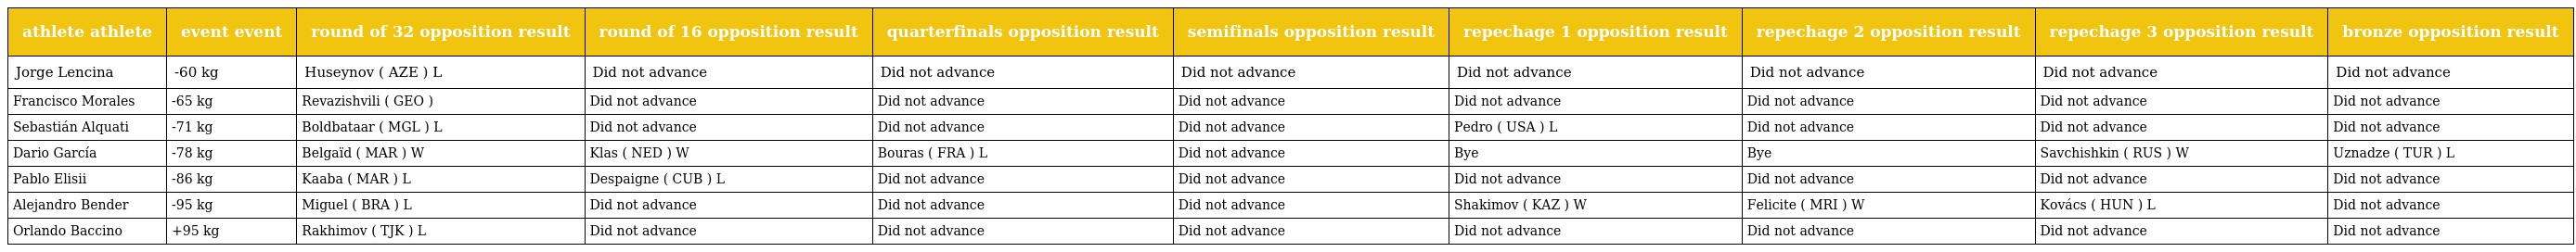
| athlete athlete | event event | round of 32 opposition result | round of 16 opposition result | quarterfinals opposition result | semifinals opposition result | repechage 1 opposition result | repechage 2 opposition result | repechage 3 opposition result | bronze opposition result |
 | --- | --- | --- | --- | --- | --- | --- | --- | --- | --- |
 | Jorge Lencina | -60 kg | Huseynov ( AZE ) L | Did not advance | Did not advance | Did not advance | Did not advance | Did not advance | Did not advance | Did not advance |
 | Francisco Morales | -65 kg | Revazishvili ( GEO ) | Did not advance | Did not advance | Did not advance | Did not advance | Did not advance | Did not advance | Did not advance |
 | Sebastián Alquati | -71 kg | Boldbataar ( MGL ) L | Did not advance | Did not advance | Did not advance | Pedro ( USA ) L | Did not advance | Did not advance | Did not advance |
 | Dario García | -78 kg | Belgaïd ( MAR ) W | Klas ( NED ) W | Bouras ( FRA ) L | Did not advance | Bye | Bye | Savchishkin ( RUS ) W | Uznadze ( TUR ) L |
 | Pablo Elisii | -86 kg | Kaaba ( MAR ) L | Despaigne ( CUB ) L | Did not advance | Did not advance | Did not advance | Did not advance | Did not advance | Did not advance |
 | Alejandro Bender | -95 kg | Miguel ( BRA ) L | Did not advance | Did not advance | Did not advance | Shakimov ( KAZ ) W | Felicite ( MRI ) W | Kovács ( HUN ) L | Did not advance |
 | Orlando Baccino | +95 kg | Rakhimov ( TJK ) L | Did not advance | Did not advance | Did not advance | Did not advance | Did not advance | Did not advance | Did not advance |